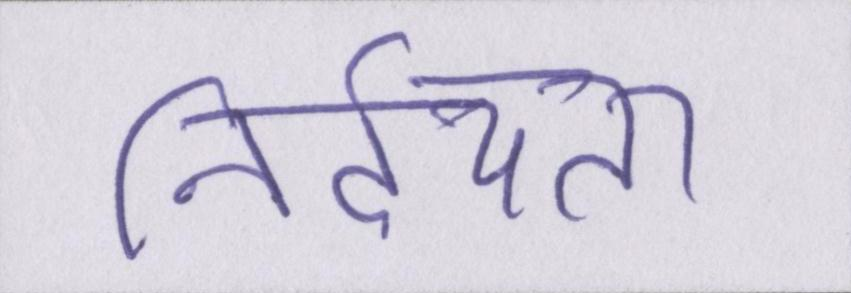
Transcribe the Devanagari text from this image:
निर्दयता